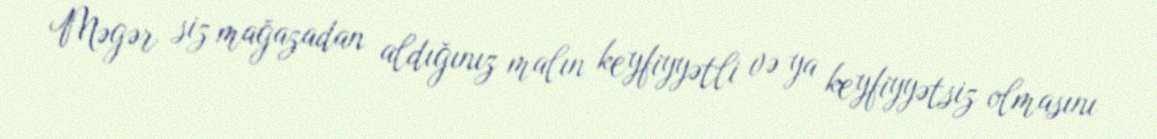
Məgər siz mağazadan aldığınız malın keyfiyyətli və ya keyfiyyətsiz olmasını